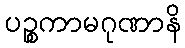
ပဉ္စကာမဂုဏာနိ